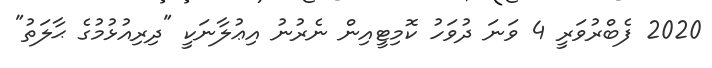
2020 ފެބްރުވަރީ 4 ވަނަ ދުވަހު ކޮމިޓީއިން ނެރުނު އިޢުލާނަކީ "ދިރިއުޅުމުގެ ޙާލަތު"